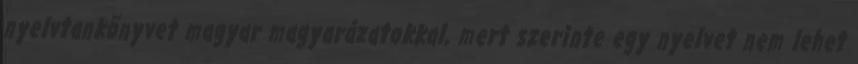
nyelvtankönyvet magyar magyarázatokkal, mert szerinte egy nyelvet nem lehet